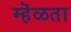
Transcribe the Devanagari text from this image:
म्हॆळता